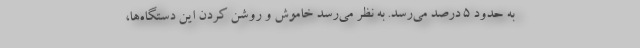
به حدود ۵ درصد می‌رسد. به نظر می‌رسد خاموش و روشن کردن این دستگاه‌ها،